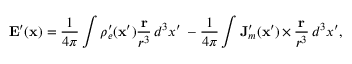
\mathbf { E } ^ { \prime } ( \mathbf { x } ) = \frac { 1 } { 4 \pi } \int \rho _ { e } ^ { \prime } ( \mathbf { x } ^ { \prime } ) \frac { \mathbf { r } } { r ^ { 3 } } \, d ^ { 3 } x ^ { \prime } \, - \frac { 1 } { 4 \pi } \int \mathbf { J } _ { m } ^ { \prime } ( \mathbf { x } ^ { \prime } ) \, { \bf \times } \, \frac { \mathbf { r } } { r ^ { 3 } } \, d ^ { 3 } x ^ { \prime } ,